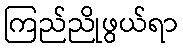
ကြည်ညိုဖွယ်ရာ